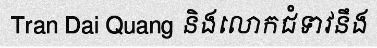
Tran Dai Quang និងលោកជំទាវនឹង